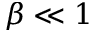
\beta \ll 1